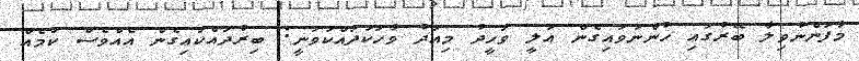
މާފަންނުވިލާ ބޭރުގައި ހުންނަވައިގެން އަލީ ވަހީދު މިއަދު ވާހަކަދައްކަވަނީ: ބިރުދައްކައިގެން އެއްވެސް ކަމެއް